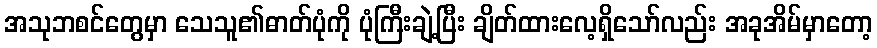
အသုဘစင်တွေမှာ သေသူ၏ဓာတ်ပုံကို ပုံကြီးချဲ့ပြီး ချိတ်ထားလေ့ရှိသော်လည်း အခုအိမ်မှာတော့